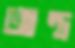
আন্ত্র